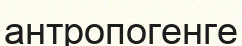
антропогенге